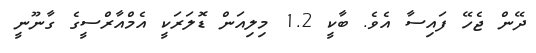
ދޭން ޖެހޭ ފައިސާ އެވެ. ބާކީ 1.2 މިލިއަން ޑޮލަރަކީ އެމްއާރްސީގެ ގާނޫނީ